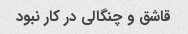
قاشق و چنگالی در کار نبود